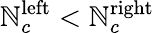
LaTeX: \mathbb{N}_{c}^{\mathrm{{left}}}<\mathbb{N}_{c}^{\mathrm{{right}}}